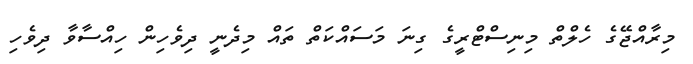
މިރާއްޖޭގެ ހެލްތް މިނިސްޓްރީގެ ގިނަ މަސައްކަތް ތައް މިދެނީ ދިވެހިން ހިއްސާވާ ދިވެހި